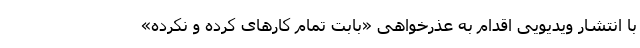
با انتشار ویدیویی اقدام به عذرخواهی «بابت تمام کارهای کرده و نکرده»